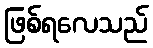
ဖြစ်ရလေသည်